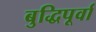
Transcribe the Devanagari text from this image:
बुद्धिपूर्वा